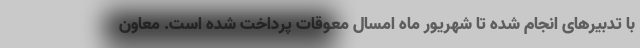
با تدبیرهای انجام شده تا شهریور ماه امسال معوقات پرداخت شده است. معاون